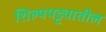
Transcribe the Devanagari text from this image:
शिल्पपट्ट्यातील